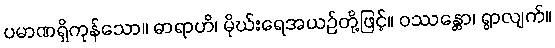
ပမာဏရှိကုန်သော။ ဓာရာဟိ၊ မိုဃ်းရေအယဉ်တို့ဖြင့်။ ဝဿန္တော၊ ရွာလျက်။